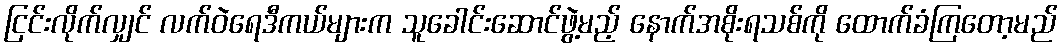
ငြင်းလိုက်လျှင် လက်ဝဲရေဒီကယ်များက သူခေါင်းဆောင်ဖွဲ့မည့် နောက်အစိုးရသစ်ကို ထောက်ခံကြတော့မည်